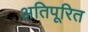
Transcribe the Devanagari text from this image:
अतिपूरित